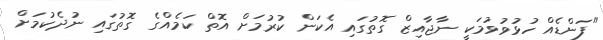
"ފަންޑެއް ހުޅުވުވުމަކީ ނާޖާއިޒް ގޮތުގައި އެކަން ކުރުމަށް އޮތް ކަމެއްގެ ގޮތުގައި ނުދެކުމަށް